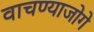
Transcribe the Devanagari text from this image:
वाचण्याजोगे